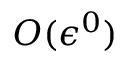
{ \cal { O } } ( \epsilon ^ { 0 } )